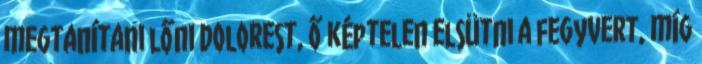
megtanítani lőni Dolorest, ő képtelen elsütni a fegyvert, míg